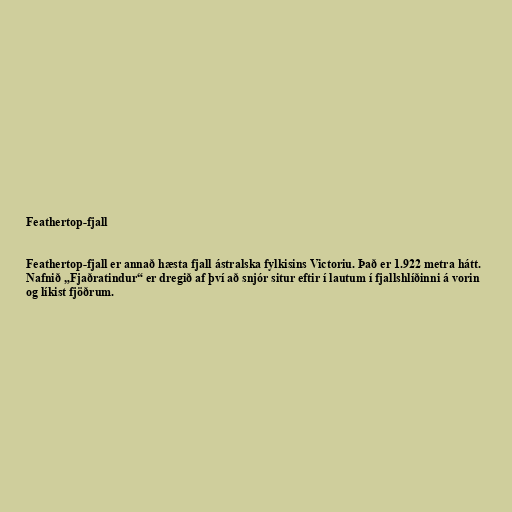
Feathertop-fjall

Feathertop-fjall er annað hæsta fjall ástralska fylkisins Victoriu. Það er 1.922 metra hátt.
Nafnið „Fjaðratindur“ er dregið af því að snjór situr eftir í lautum í fjallshlíðinni á vorin
og líkist fjöðrum.